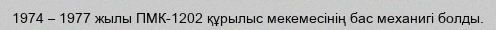
1974 – 1977 жылы ПМК-1202 құрылыс мекемесінің бас механигі болды.